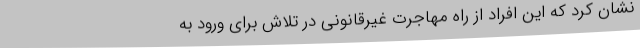
نشان کرد که این افراد از راه مهاجرت غیرقانونی در تلاش برای ورود به